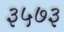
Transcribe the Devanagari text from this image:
३५७३